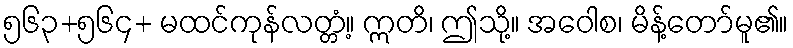
၅၆၃+၅၆၄+ မထင်ကုန်လတ္တံ့။ ဣတိ၊ ဤသို့။ အဝေါစ၊ မိန့်တော်မူ၏။